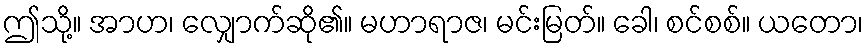
ဤသို့။ အာဟ၊ လျှောက်ဆို၏။ မဟာရာဇ၊ မင်းမြတ်။ ခေါ၊ စင်စစ်။ ယတော၊